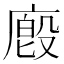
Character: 廏